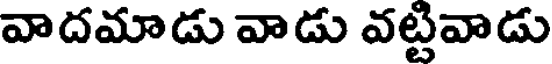
వాదమాడు వాడు వట్టివాడు